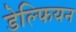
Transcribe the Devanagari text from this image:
डेल्फियन